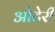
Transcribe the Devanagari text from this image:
ओटेरी